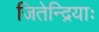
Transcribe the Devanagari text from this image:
जितेन्द्रियाः